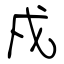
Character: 戍